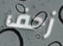
زحف